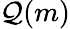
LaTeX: \mathcal{Q}(m)